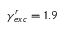
\gamma _ { e x c } ^ { r } = 1 . 9